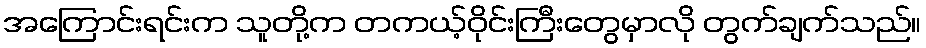
အကြောင်းရင်းက သူတို့က တကယ့်ဝိုင်းကြီးတွေမှာလို တွက်ချက်သည်။